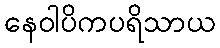
နေဝါပိကပရိသာယ